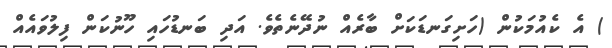
) އެ ކެއުމަކުން (ހަށިގަނޑަކަށް ބާރެއް ނުދޭނެތެވެ. އަދި ބަނޑުހައި ހޫނުކަން ފިލުވައެއް